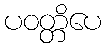
ပဝတ္တိပေ